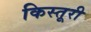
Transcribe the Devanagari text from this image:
किस्तूरी